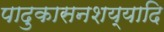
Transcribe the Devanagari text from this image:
पादुकासनशय्यादि